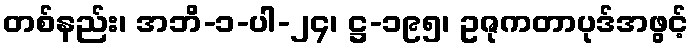
တစ်နည်း၊ အဘိ-၁-ပါ-၂၄၊ ဋ္ဌ-၁၉၅၊ ဥဇုကတာပုဒ်အဖွင့်